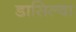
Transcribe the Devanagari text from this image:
डासिल्वा